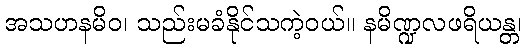
အသဟနမိဝ၊ သည်းမခံနိုင်သကဲ့ဝယ်။ နမိဏ္ဍလဖရိယန္တ၊